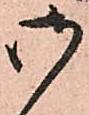
御